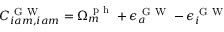
C _ { i a m , i a m } ^ { \mathrm { ~ G ~ W ~ } } = \Omega _ { m } ^ { \mathrm { ~ p ~ h ~ } } + \epsilon _ { a } ^ { \mathrm { ~ G ~ W ~ } } - \epsilon _ { i } ^ { \mathrm { ~ G ~ W ~ } }